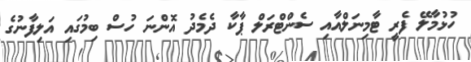
ހުޅުމާލޭ ފެރީ ޓާމިނަލްއާއި ސެންޓްރަލް ޕާކާ ދެމެދު އޮންނަ ހުސް ބިމުގައި އަލިފާނުގެ